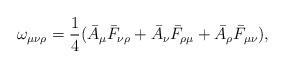
LaTeX: \begin{align*}\omega_{\mu\nu\rho} = \frac{1}{4} (\bar{A}_{\mu} \bar{F}_{\nu\rho} +\bar{A}_{\nu}\bar{F}_{\rho\mu} + \bar{A}_{\rho}\bar{F}_{\mu\nu}),\end{align*}